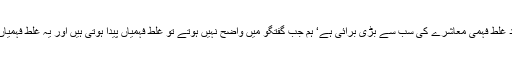
فرمایا ٹھہر کر صاف بولا کرو تا کہ دوسرے پوری طرح سمجھ جائیں‘ جھوٹ کے بعد غلط فہمی معاشرے کی سب سے بڑی برائی ہے‘ ہم جب گفتگو میں واضح نہیں ہوتے تو غلط فہمیاں پیدا ہوتی ہیں اور یہ غلط فہمیاں معاشرتی بگاڑ کا باعث بنتی ہیں چنانچہ ہم جب بھی بولیں بلند‘ واضح اور صاف بولیں۔